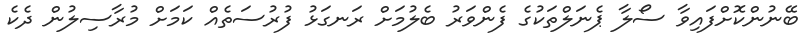
ބޭނުންކޮށްފައިވާ ސޯލާ ޕެނަލްތަކުގެ ފެންވަރު ބެލުމަށް ރަނގަޅު ފުރުސަތެއް ކަމަށް މުރާސިލުން ދެކެ